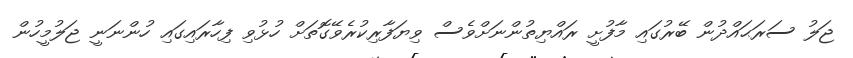
ޖަލު ސަރަޙައްދުން ބޭރުގައި މާފުށީ ރައްޔިތުންނަށްވެސް ވިޔަފާރިކުރެވޭގޮތަށް ހުޅުވި ފިހާރައިގައި ހުންނަނީ ޖަލުމީހުން